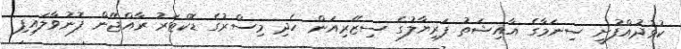
ކުޅުދުއްފުށީ ސިނަމާގެ އާއިޝަތު ފަރިޔާލުގެ ސިޒޭރިއަން ހެދި މިސްރުގެ ޑޮކްޓަރު ރާއްޖޭން ފޮނުވާލައިފި